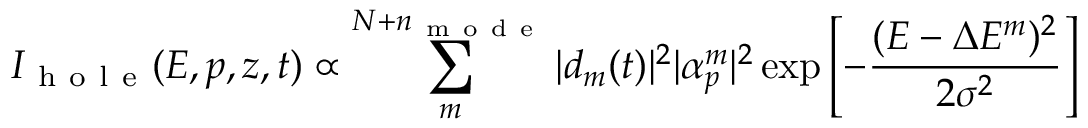
I _ { \mathrm { ~ h ~ o ~ l ~ e ~ } } ( E , p , z , t ) \propto \sum _ { m } ^ { N + n _ { \mathrm { ~ m ~ o ~ d ~ e ~ } } } | d _ { m } ( t ) | ^ { 2 } | \alpha _ { p } ^ { m } | ^ { 2 } \exp \left[ - \frac { ( E - \Delta E ^ { m } ) ^ { 2 } } { 2 \sigma ^ { 2 } } \right]